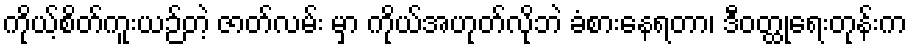
ကိုယ့်စိတ်ကူးယဉ်တဲ့ ဇာတ်လမ်း မှာ ကိုယ်အဟုတ်လိုဘဲ ခံစားနေရတာ၊ ဒီဝတ္ထုရေးတုန်းက